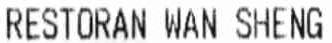
RESTORAN WAN SHENG